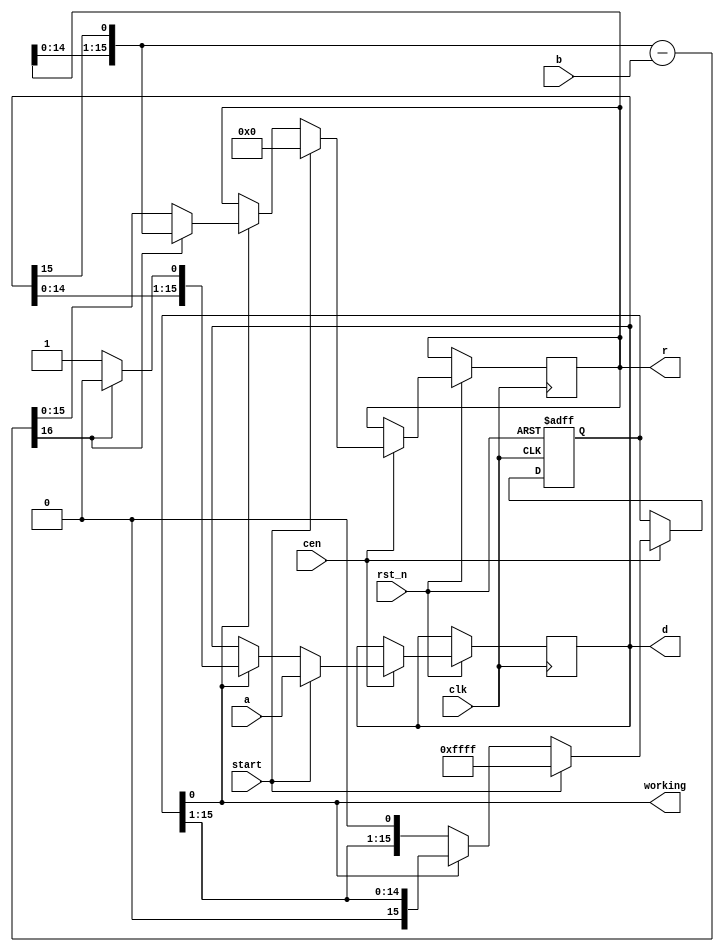
/* This file is part of JT12.


    JT12 program is free software: you can redistribute it and/or modify
    it under the terms of the GNU General Public License as published by
    the Free Software Foundation, either version 3 of the License, or
    (at your option) any later version.

    JT12 program is distributed in the hope that it will be useful,
    but WITHOUT ANY WARRANTY; without even the implied warranty of
    MERCHANTABILITY or FITNESS FOR A PARTICULAR PURPOSE.  See the
    GNU General Public License for more details.

    You should have received a copy of the GNU General Public License
    along with JT12.  If not, see <http://www.gnu.org/licenses/>.

    Author: Jose Tejada Gomez. Twitter: @topapate
    Version: 1.0
    Date: 21-03-2019
*/

// calculates d=a/b
// a = b*d + r

module jt10_adpcm_div #(parameter dw=16)(
    input               rst_n,
    input               clk,    // CPU clock
    input               cen,
    input               start,  // strobe
    input      [dw-1:0] a,
    input      [dw-1:0] b,
    output reg [dw-1:0] d,
    output reg [dw-1:0] r,
    output              working
);

reg  [dw-1:0] cycle;
assign working = cycle[0];

wire [dw:0] sub = { r[dw-2:0], d[dw-1] } - b;  

always @(posedge clk or negedge rst_n)
    if( !rst_n ) begin
        cycle <= 'd0;
    end else if(cen) begin
        if( start ) begin
            cycle <= ~16'd0;
            r     <=  16'd0;
            d     <= a;
        end else if(cycle[0]) begin
            cycle <= { 1'b0, cycle[dw-1:1] };
            if( sub[dw] == 0 ) begin
                r <= sub[dw-1:0];
                d <= { d[dw-2:0], 1'b1};
            end else begin
                r <= { r[dw-2:0], d[dw-1] };
                d <= { d[dw-2:0], 1'b0 };
            end
        end
    end

endmodule // jt10_adpcm_div